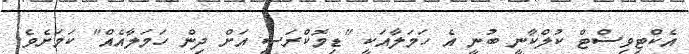
އެކްޓިވިސްޓް ކުލްކާނީ ބުނީ އެ ހަމަލާއަކީ "ޑިމޮކްރަސީ އަށް ދިން ހަމަލާއެއް" ކަމަށެވެ.